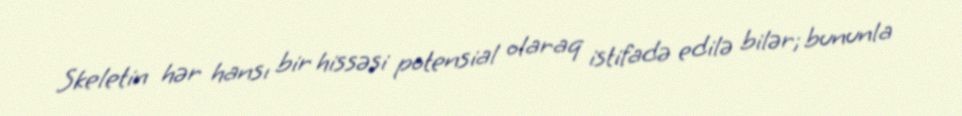
Skeletin hər hansı bir hissəsi potensial olaraq istifadə edilə bilər; bununla